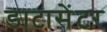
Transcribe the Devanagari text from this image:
डाटासेंटर